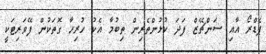
ޕެޑްރޯ އާއި ސަންޗޭޒް ފަދަ ކުޅުންތެރިން ތިބުމާ އެކު ހުރިހާ ގޮތަކުން ފޭވަރިޓަކީ